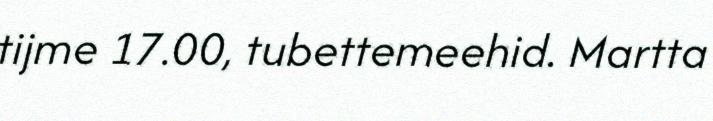
tijme 17.00, tubettemeehid. Martta